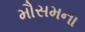
મૌસમના